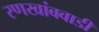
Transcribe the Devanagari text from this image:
रणखांबवाडी